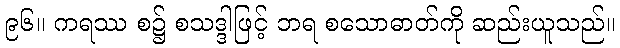
၉၆။ ကရဿ စ၌ စသဒ္ဒါဖြင့် ဘရ စသောဓာတ်ကို ဆည်းယူသည်။